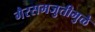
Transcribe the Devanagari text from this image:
गैरसमजुतीमुळे